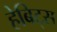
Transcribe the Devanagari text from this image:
हेबिट्स